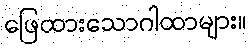
ဖြေထားသောဂါထာများ။